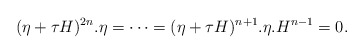
\begin{align*}(\eta+\tau H)^{2n}.\eta =\cdots=(\eta+\tau H)^{n+1}.\eta.H^{n-1}=0.\end{align*}